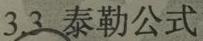
3.3 泰勒公式